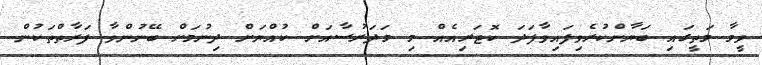
ވީމާ މަތީގައި ބަޔާންކުރެވިފައިވާފަދަ ކޮޓަރިއެއް މި މަދަރުސާއަށް ކުއްޔަށް ދިނުމަށް ބޭނުންވާ ފަރާތްތަކުން